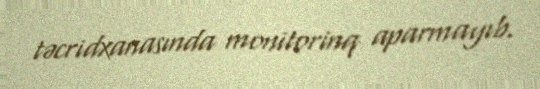
təcridxanasında monitorinq aparmayıb.